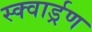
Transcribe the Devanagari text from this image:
स्क्वार्ड्रण